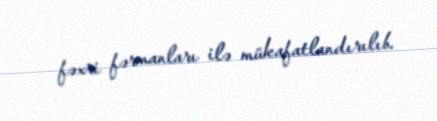
fəxri fərmanları ilə mükafatlandırılıb.